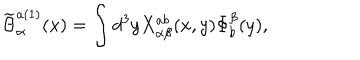
\widetilde { \Theta } _ { \alpha } ^ { a ( 1 ) } ( x ) = \int d ^ { 3 } y X _ { \alpha \beta } ^ { a b } ( x , y ) \Phi _ { b } ^ { \beta } ( y ) ,